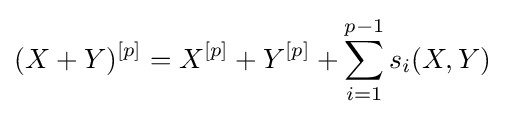
(X+Y)^{[p]}=X^{[p]}+Y^{[p]}+\sum _{i=1}^{p-1}s_{i}(X,Y)